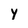
Character: y